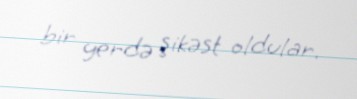
bir yerdə şikəst oldular.